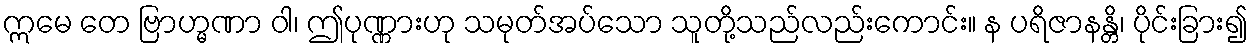
ဣမေ တေ ဗြာဟ္မဏာ ဝါ၊ ဤပုဏ္ဏားဟု သမုတ်အပ်သော သူတို့သည်လည်းကောင်း။ န ပရိဇာနန္တိ၊ ပိုင်းခြား၍